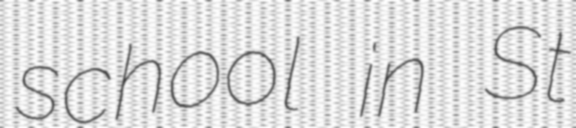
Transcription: school in St